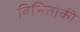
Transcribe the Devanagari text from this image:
बिभिताकी